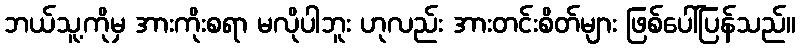
ဘယ်သူ့ကိုမှ အားကိုးစရာ မလိုပါဘူး ဟုလည်း အားတင်းစိတ်များ ဖြစ်ပေါ်ပြန်သည်။